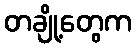
တချို့တွေက